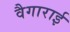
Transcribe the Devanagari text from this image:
वैगाराई